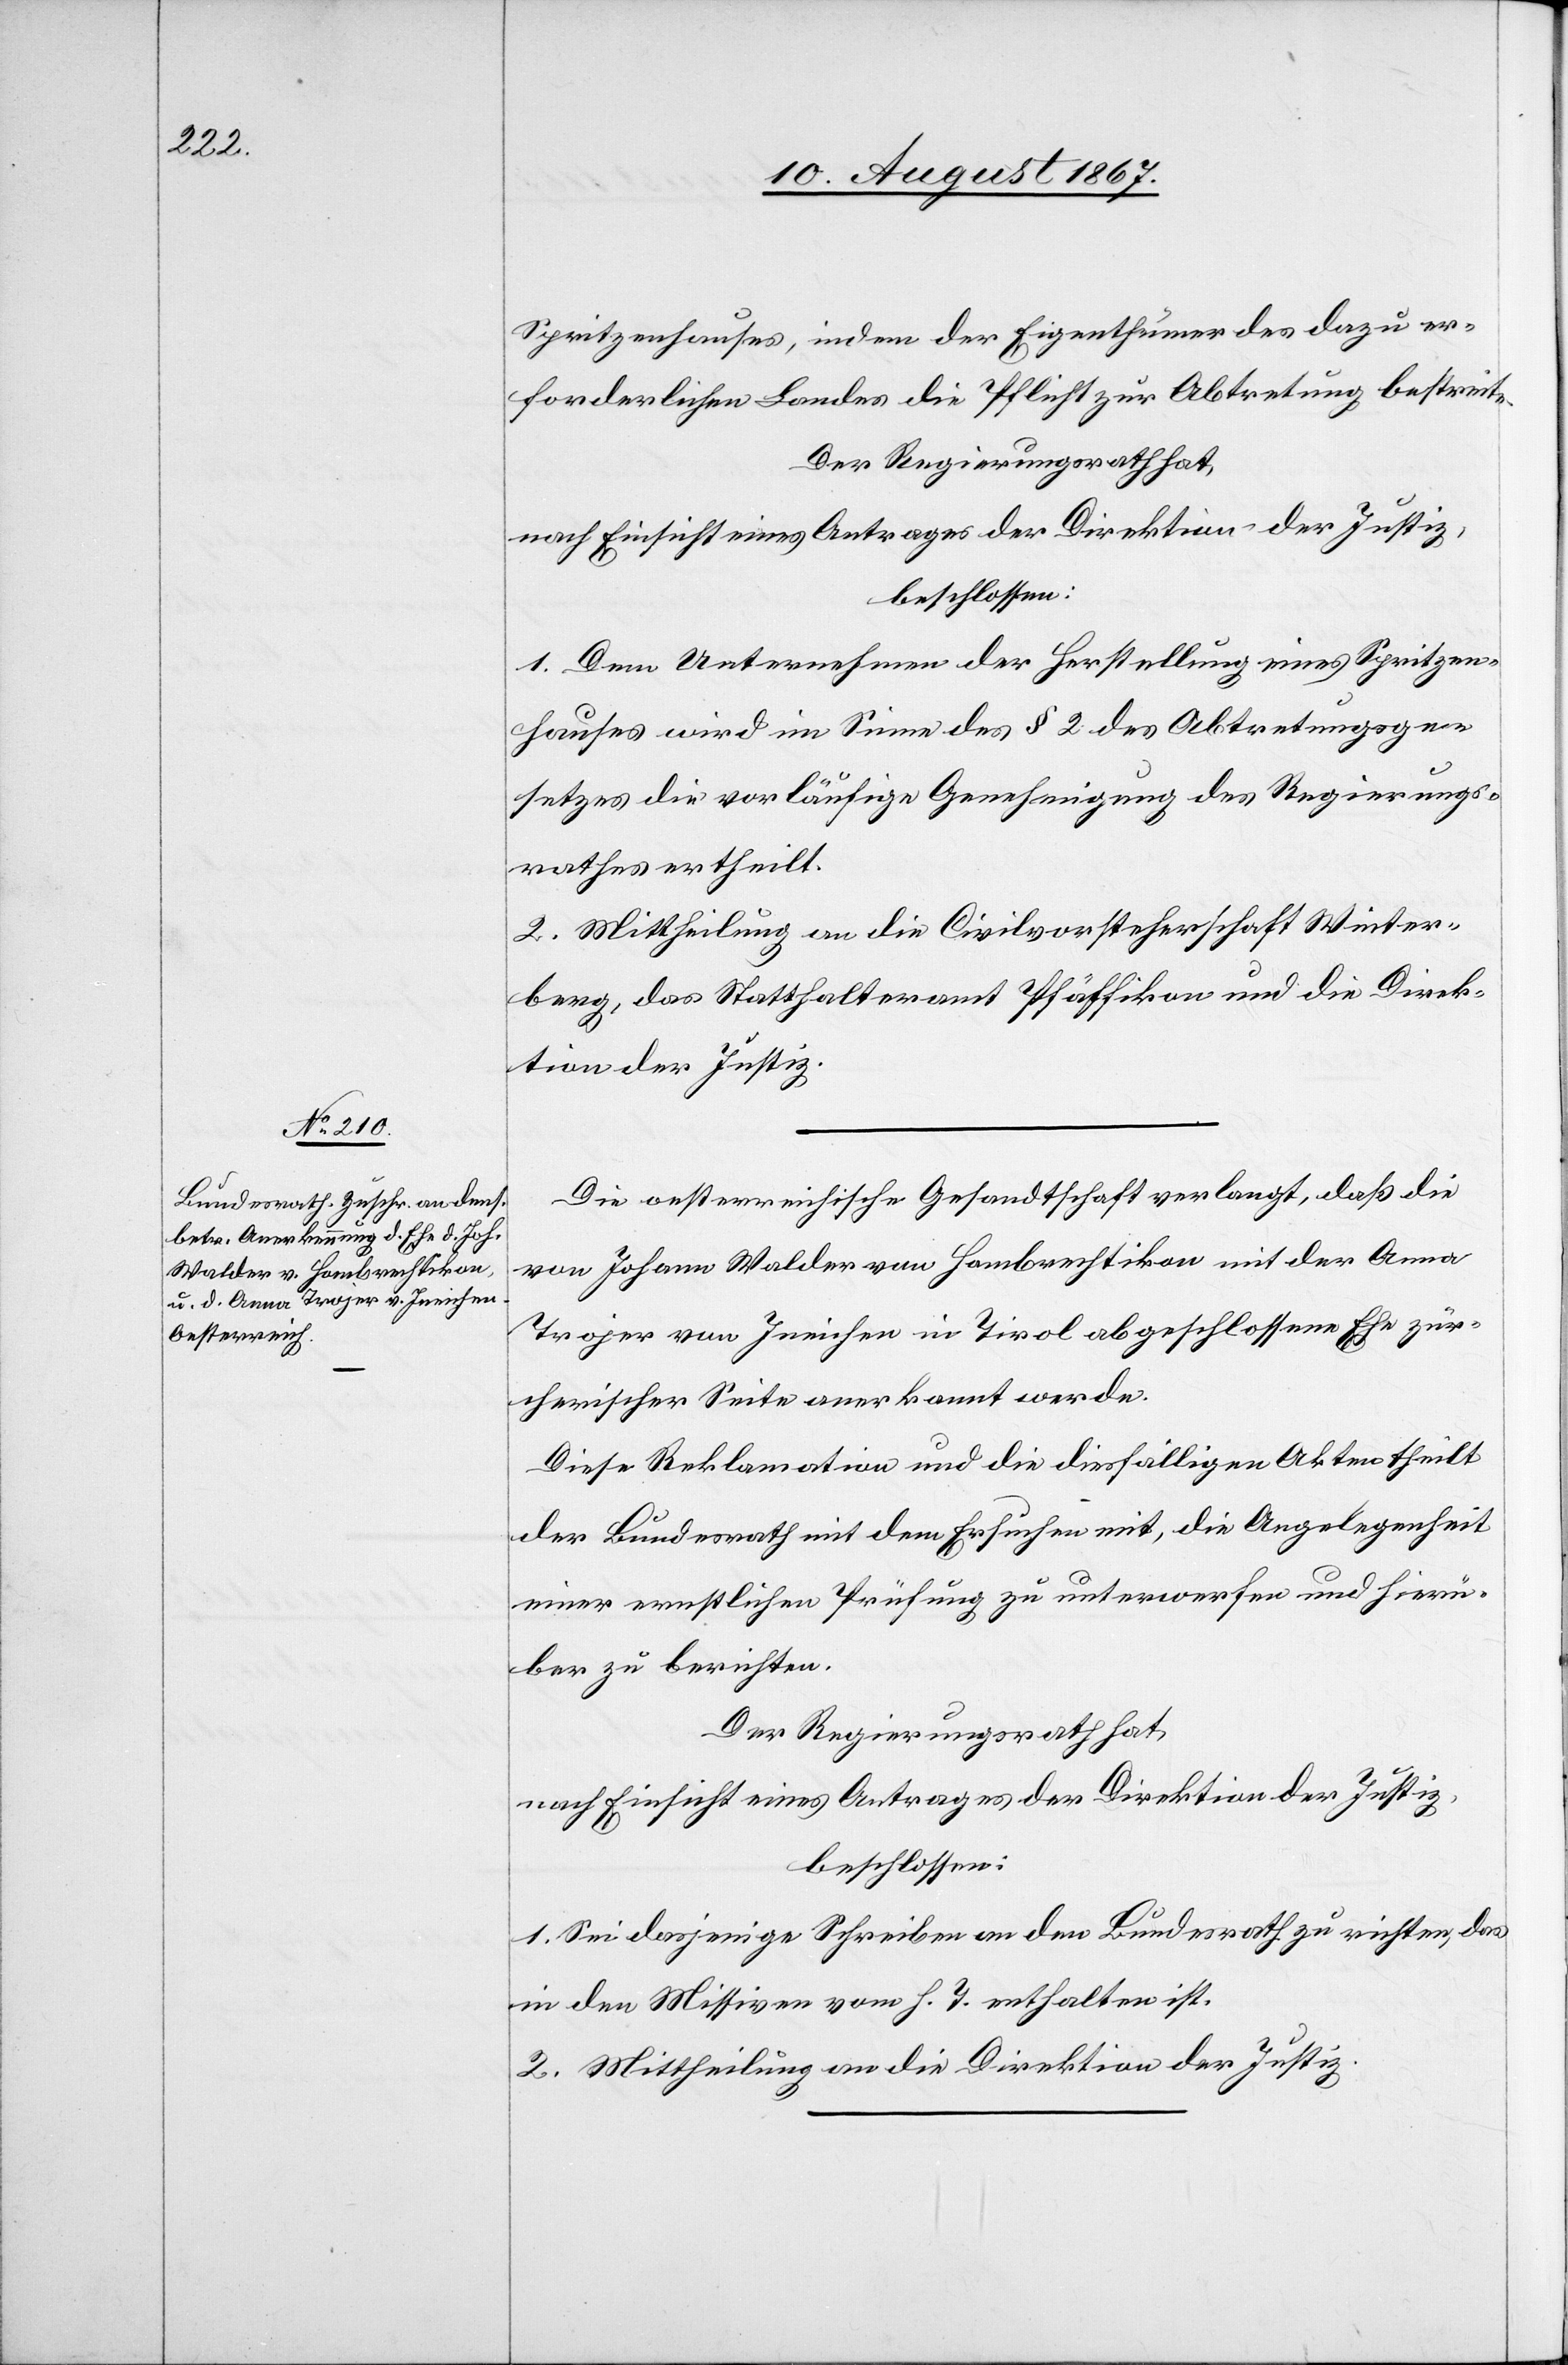
Spritzenhauses, indem der Eigenthümer des dazu er¬
forderlichen Landes die Pflicht zur Abtretung bestreite.
Der Regierungsrath,
nach Einsicht eines Antrages der Direktion der Justiz,
beschlossen:
1. Dem Unternehmen der Herstellung eines Spritzen¬
hauses wird im Sinne des § 2 des Abtretungsge¬
setzes die vorläufige Genehmigung des Regierungs¬
rathes ertheilt.
2. Mittheilung an die Civilvorsteherschaft Winter¬
berg, das Statthalteramt Pfäffikon und die Direk¬
tion der Justiz.
Die oesterreichische Gesandtschaft verlangt, daß die
von Johann Walder von Hombrechtikon mit der Anna
Trojer von Ineichen in Tirol abgeschlossene Ehe zür¬
cherischer Seite anerkannt werde.
Diese Reklamation und die diesfälligen Akten theilt
der Bundesrath mit dem Ersuchen mit, die Angelegenheit
einer ernstlichen Prüfung zu unterwerfen und hierü¬
ber zu berichten.
Der Regierungsrath hat,
nach Einsicht eines Antrages der Direktion der Justiz,
beschlossen:
1. Sei dasjenige Schreiben an den Bundesrath zu richten, das
in den Missiven vom h. T. enthalten ist.
2. Mittheilung an die Direktion der Justiz.